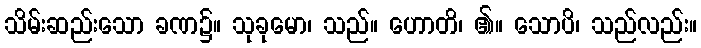
သိမ်းဆည်းသော ခဏ၌။ သုခုမော၊ သည်။ ဟောတိ၊ ၏။ သောပိ၊ သည်လည်း။